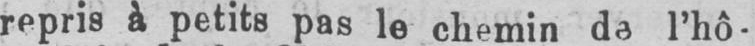
repris à petits pas le chemin de l’hô-